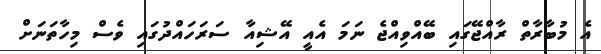
އެ މުބާރާތް ރާއްޖޭގައި ބޭއްވިއްޖެ ނަމަ އެއީ އޭޝިއާ ސަރަހައްދުގައި ވެސް މިހާތަނަށް